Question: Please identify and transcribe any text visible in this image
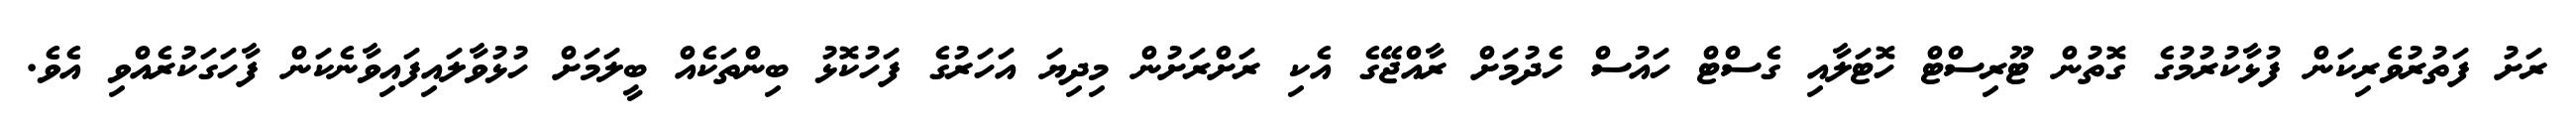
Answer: ރަށު ފަތުރުވެރިކަން ފުޅާކުރުމުގެ ގޮތުން ޓޫރިސްޓް ހޮޓަލާއި ގެސްޓް ހައުސް ހެދުމަށް ރާއްޖޭގެ އެކި ރަށްރަށުން މިދިޔަ އަހަރުގެ ފަހުކޮޅު ބިންތަކެއް ބީލަމަށް ހުޅުވާލައިފައިވާނެކަން ފާހަގަކުރެއްވި އެވެ.